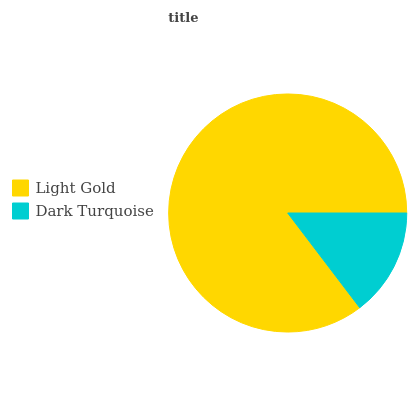
| Light Gold | Dark Turquoise |
 | --- | --- |
 | 85.3% | 14.7% |